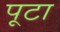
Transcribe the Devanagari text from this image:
पूटा